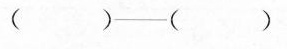
( )-( )